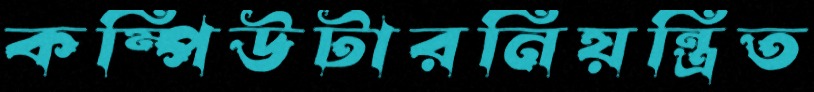
কম্পিউটারনিয়ন্ত্রিত